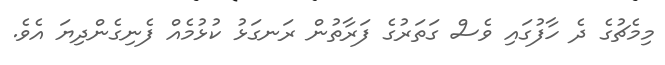
މިމެޗުގެ ދެ ހާފުގައި ވެސް ގަތަރުގެ ފަރާތުން ރަނގަޅު ކުޅުމެއް ފެނިގެންދިޔަ އެވެ.